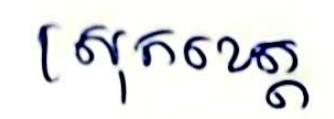
ស្រុកខេត្ត